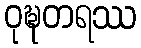
ဝုဍ္ဎတရဿ